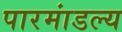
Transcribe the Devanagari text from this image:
पारमांडल्य